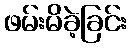
ဖမ်းမိခဲ့ခြင်း